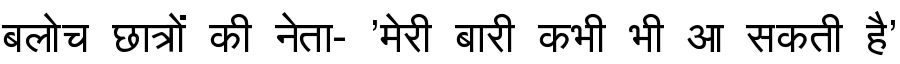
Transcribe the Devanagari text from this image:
बलोच छात्रों की नेता- 'मेरी बारी कभी भी आ सकती है'